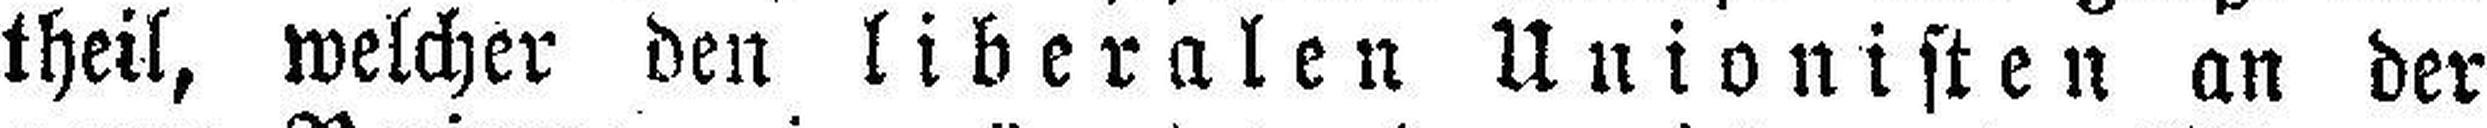
theil, welcher den liberalen Unionisten an der